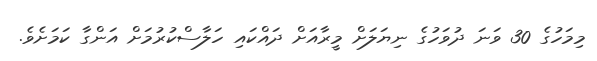
މިމަހުގެ 30 ވަނަ ދުވަހުގެ ނިޔަލަށް މީރާއަށް ދައްކައި ހަލާސްކުރުމަށް އަންގާ ކަމަށެވެ.